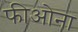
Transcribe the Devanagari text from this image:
फीओना